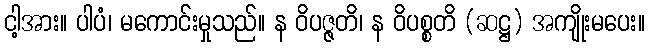
ငါ့အား။ ပါပံ၊ မကောင်းမှုသည်။ န ဝိပဇ္ဇတိ၊ န ဝိပစ္စတိ (ဆဋ္ဌ) အကျိုးမပေး။